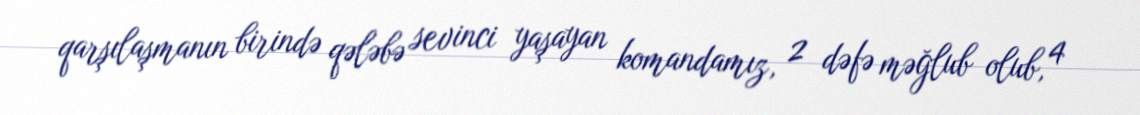
qarşılaşmanın birində qələbə sevinci yaşayan komandamız, 2 dəfə məğlub olub, 4